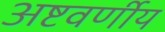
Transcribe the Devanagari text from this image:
अष्टवर्णीय